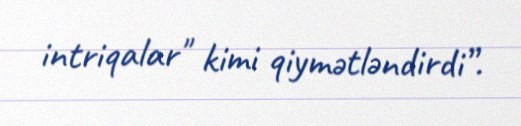
intriqalar" kimi qiymətləndirdi”.